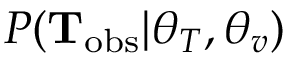
P ( { \bf T } _ { \mathrm { o b s } } | \boldsymbol { \theta } _ { T } , \boldsymbol { \theta } _ { v } )